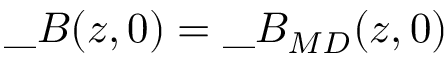
\_ B ( z , 0 ) = \_ B _ { \/ { M D } } ( z , 0 )